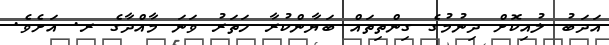
އަދަބު ލުއިކޮށް ދިނުމުގެ ގިންތިތައް ބަޔާންކުރާ ހަތަރު ވަނަ މާއްދާގެ ރ. އަށެވެ.